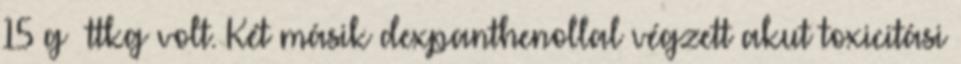
15 g ttkg volt. Két másik dexpanthenollal végzett akut toxicitási